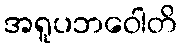
အရူပဘဝေါတိ